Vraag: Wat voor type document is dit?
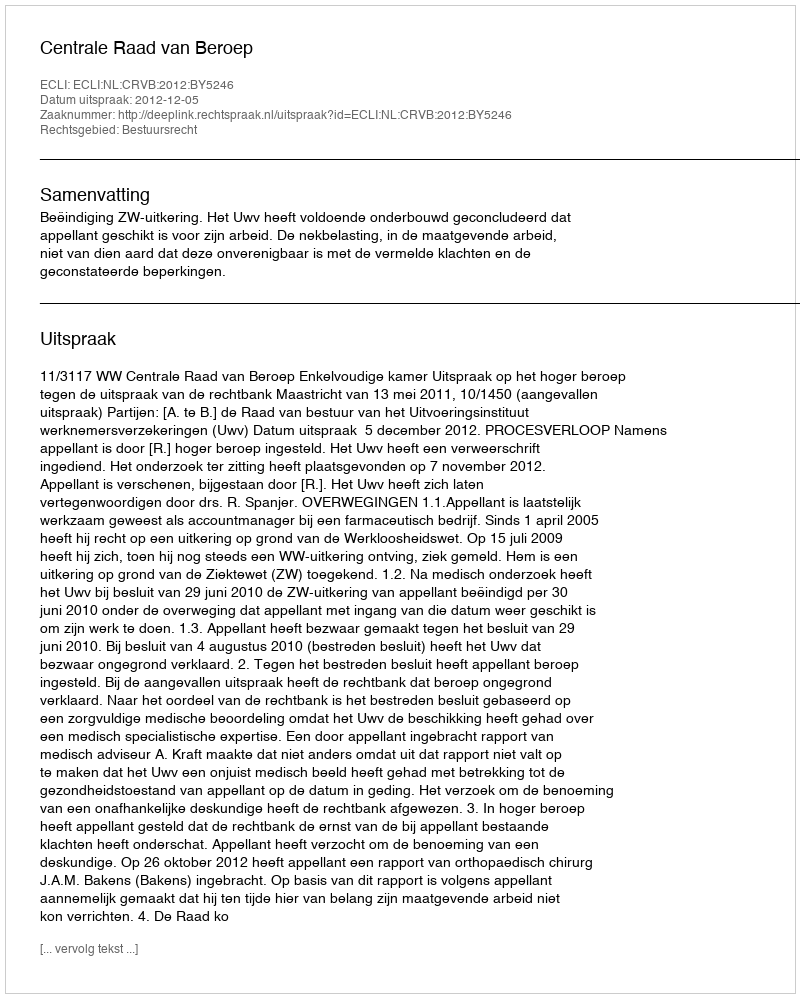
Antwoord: Uitspraak